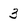
Character: 3